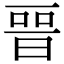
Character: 𣈆